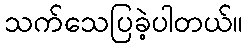
သက်သေပြခဲ့ပါတယ်။